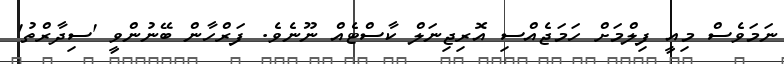
ނަމަވެސް މިއީ ފިލްމަށް ހަމަޖެއްސި އޮރިޖިނަލް ކާސްޓެއް ނޫނެވެ. ފަރްހާން ބޭނުންވީ 'ސިދާރްތު'